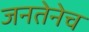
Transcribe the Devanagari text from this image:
जनतेनेच